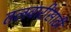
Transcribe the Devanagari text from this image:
तलवारींसाठी